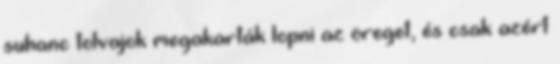
suhanc tolvajok megakarták lopni az öreget, és csak azért